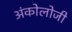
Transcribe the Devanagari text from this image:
अंकोलोजी